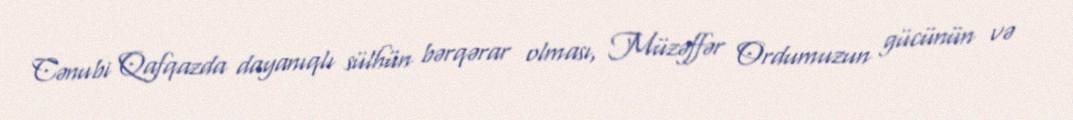
Cənubi Qafqazda dayanıqlı sülhün bərqərar olması, Müzəffər Ordumuzun gücünün və